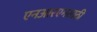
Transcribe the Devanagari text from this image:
एनआरएमसाठी